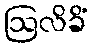
ဩလိခိံ